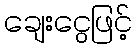
ချေးငွေဖြင့်